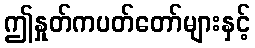
ဤနှုတ်ကပတ်တော်များနှင့်